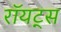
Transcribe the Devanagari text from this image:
रॉयट्स